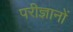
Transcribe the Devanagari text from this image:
परीज्ञानों